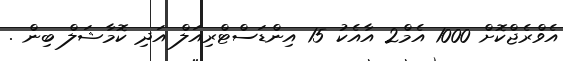
އެވްރެޖްކޮށް 1000 އެމް2 އާއެކު 15 އިންޑަސްޓްރިއަލް އަދި ކޮމާޝަލް ބިން .